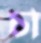
চা